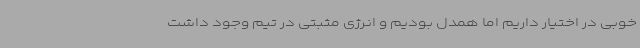
خوبی در اختیار داریم اما همدل بودیم و انرژی مثبتی در تیم وجود داشت